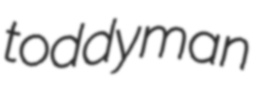
toddyman